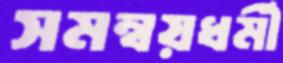
সমন্বয়ধর্মী